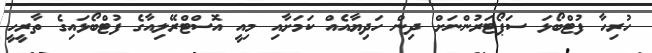
ހުރިހާ ފުޓްބޯޅަ ސަޕޯޓަރުންނަށް ދިން ހަދިޔާއެއް ކަމަށާއި މިއީ އޮސްޓްރޭލިއާގެ ފުޓްބޯޅައިގެ ތާރީހީ